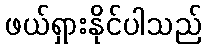
ဖယ်ရှားနိုင်ပါသည်